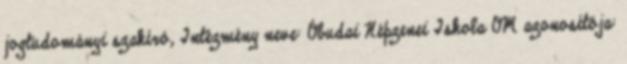
jogtudományi szakíró, Intézmény neve: Óbudai Népzenei Iskola OM azonosítója: